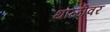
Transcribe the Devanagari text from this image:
थाळीवर